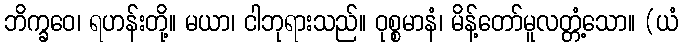
ဘိက္ခဝေ၊ ရဟန်းတို့။ မယာ၊ ငါဘုရားသည်။ ဝုစ္စမာနံ၊ မိန့်တော်မူလတ္တံ့သော။ (ယံ